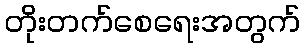
တိုးတက်စေရေးအတွက်